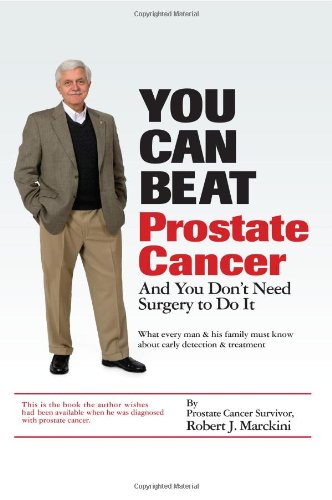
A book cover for You Can Beat Prostate Cancer: And You Don't Need Surgery to Do It; Robert J. Marckini; Health, Fitness & Dieting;